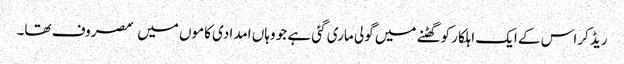
ریڈ کراس کے ایک اہلکار کو گھٹنے میں گولی ماری گئی ہے جو وہاں امدادی کاموں میں ٘مصروف تھا۔